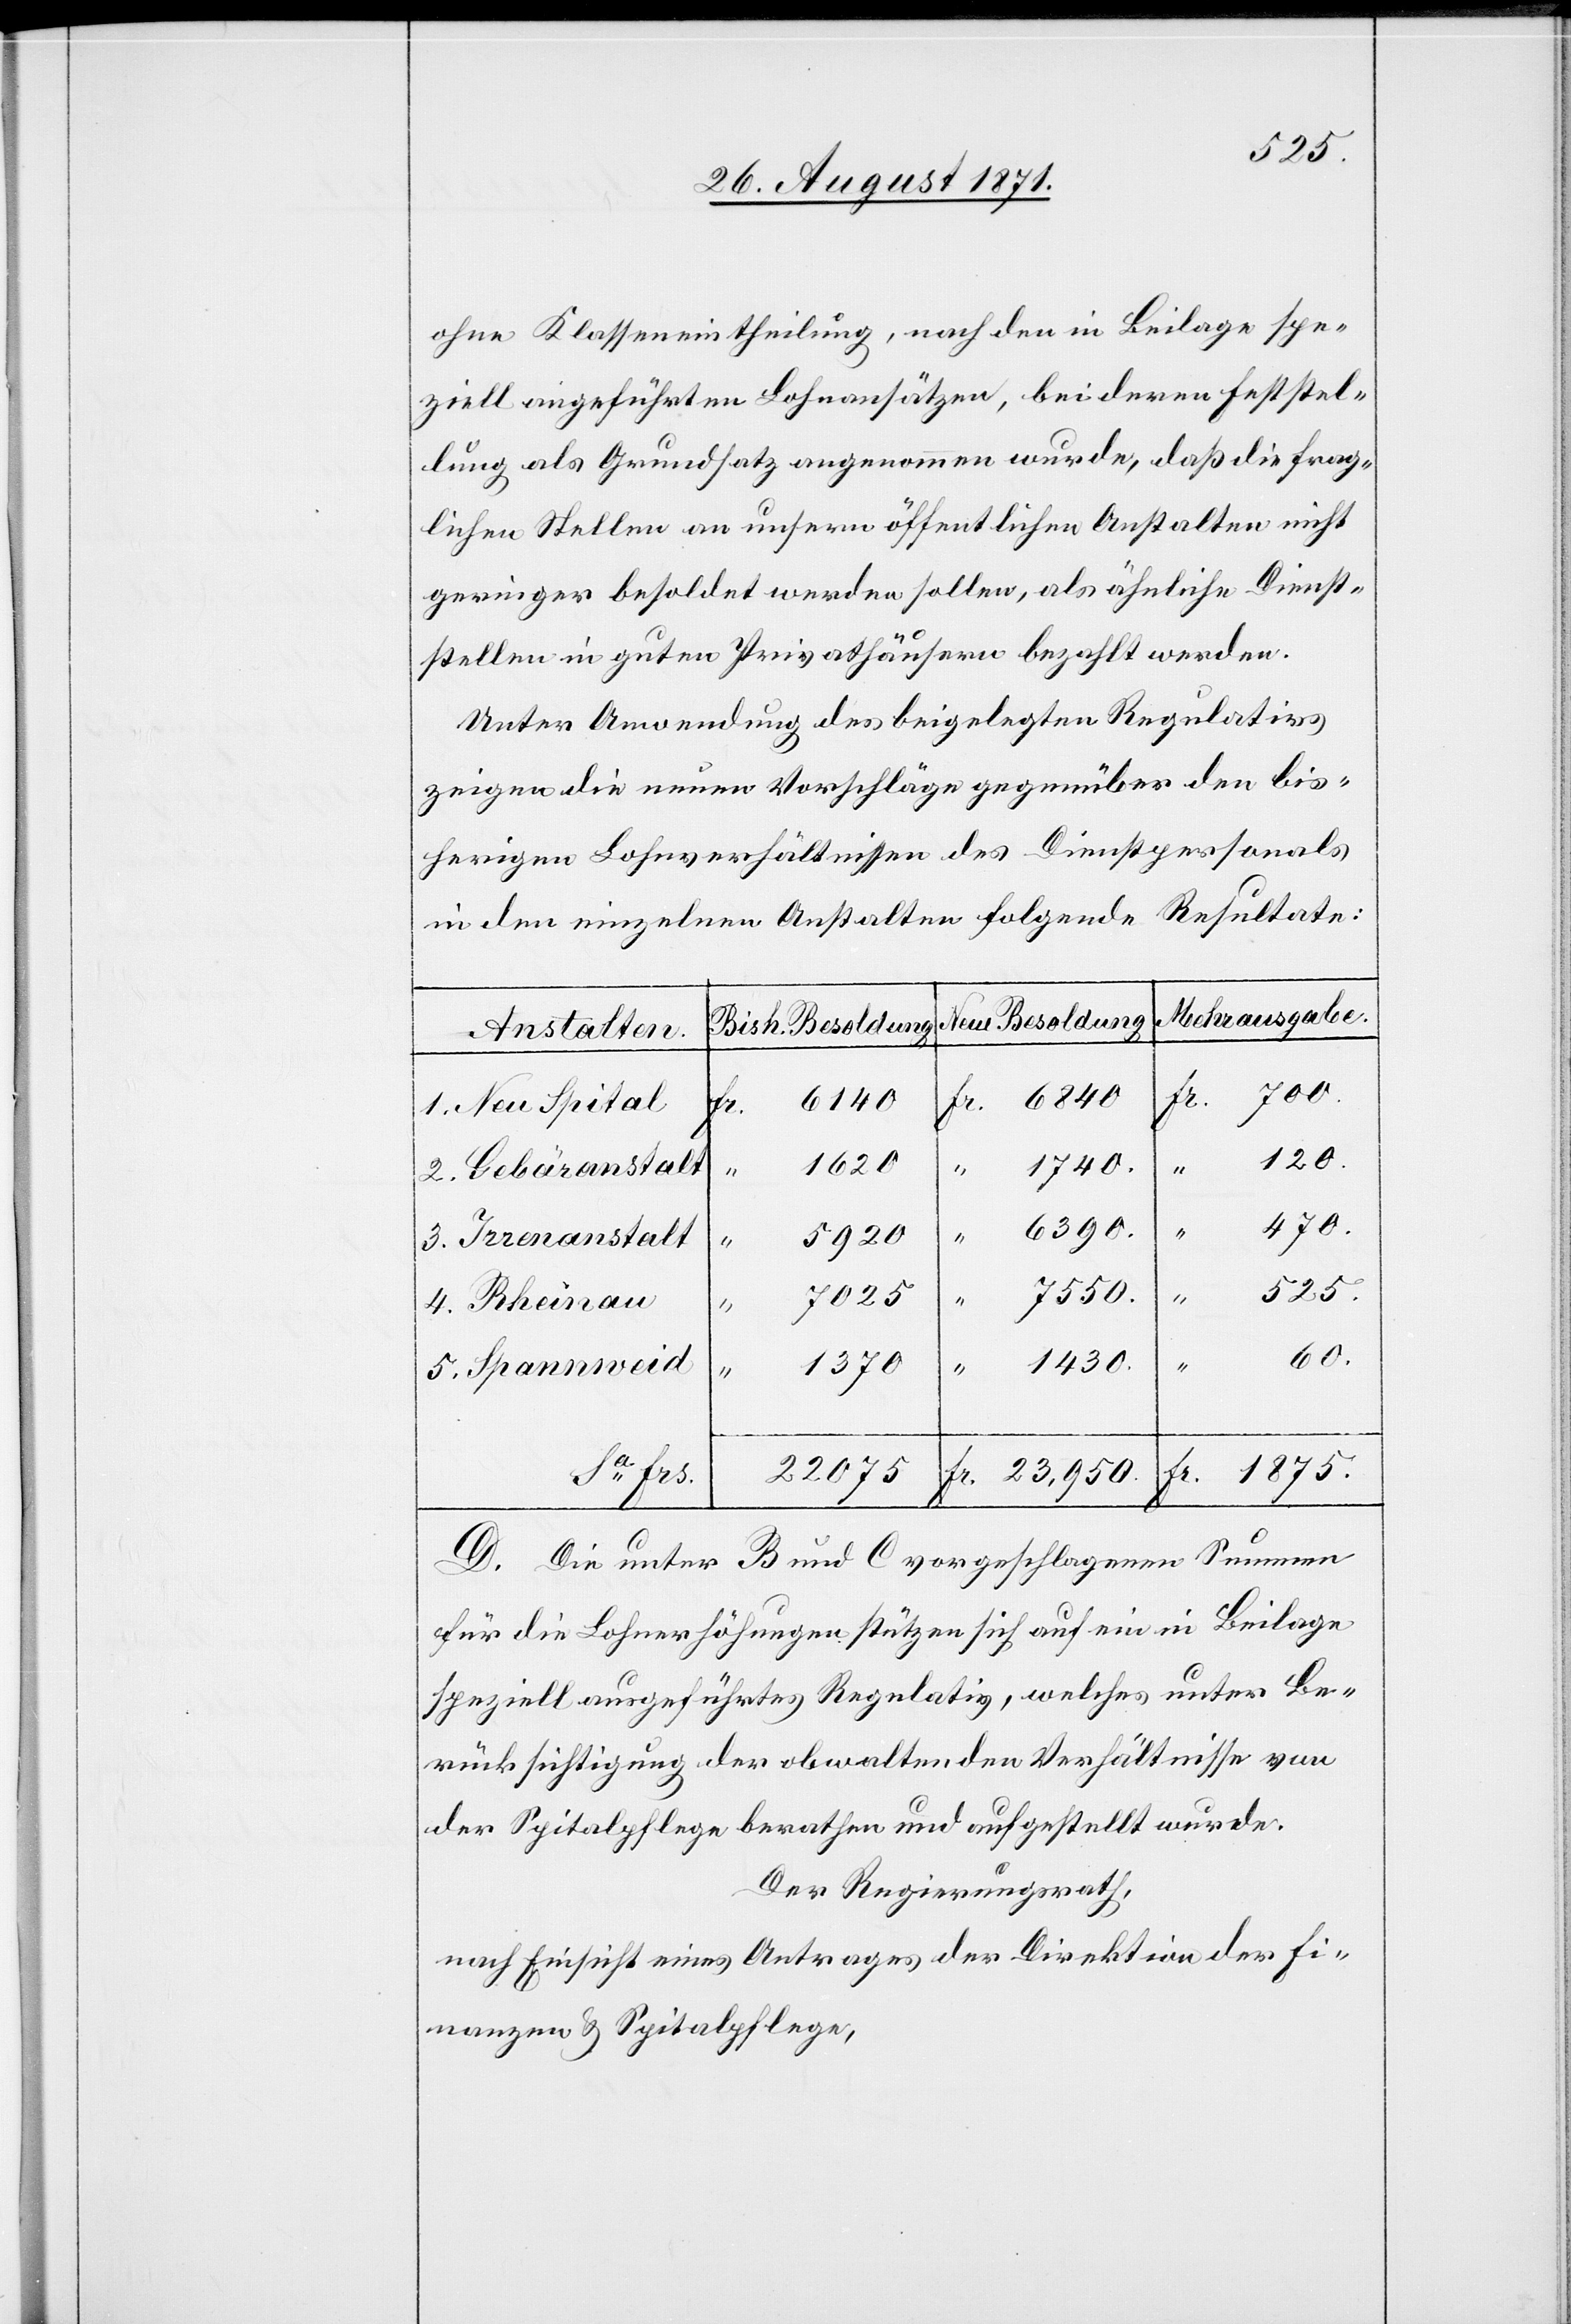
ohne Klasseneintheilung, nach den in Beilage spe¬
ziell eingeführten Lohnansätzen, bei deren Feststel¬
lung als Grundsatz angenommen wurde, daß die frag¬
lichen Stellen an unsern öffentlichen Anstalten nicht
geringer besoldet werden sollen, als ähnliche Dienst¬
stellen in guten Privathäusern bezahlt werden.
Unter Verwendung der beigelegten Regulation
zeigen die neuen Vorschläge gegenüber den bis¬
herigen Lohnverhältnissen des Dienstpersonals
in den einzelnen Anstalten folgende Resultate:
Mehrausgabe.
Neue Besoldung
Bish. Besoldung
Anstalten
700.
6840
“
120.
1620
22
1740.
“
470.
6390.
Sa Frs.
5920
4.
525.
23,950.
075
1.
60.
1430.
Fr.
1875.
“
D. Die unter B und C vorgeschlagenen Summen
für die Lohnerhöhungen stützen sich auf ein in Beilage
speziell ausgeführtes Regelativ [sic!], welches unter Be¬
rücksichtigung der obwaltenden Verhältnisse von
der Spitalpflege berathen und aufgestellt wurde.
Der Regierungsrath,
nach Einsicht eines Antrages der Direktion der Fi¬
nanzen & Spitalpflege,